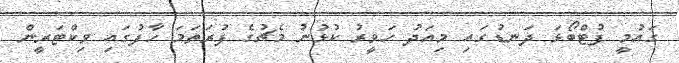
ގައުމީ ފުޓްބޯޅަ ދަނޑުގައި މިއަދު ހަވީރު ކުޅުނު މެޗުގެ ފުރަތަމަ ހާފުގައި ވިކްޓަރީން